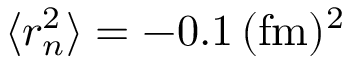
\langle r _ { n } ^ { 2 } \rangle = - 0 . 1 \, ( \mathrm { f m } ) ^ { 2 }